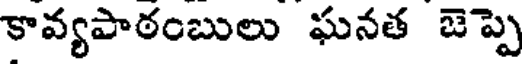
కావ్యపాఠంబులు ఘనత జెప్పె